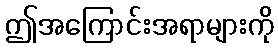
ဤအကြောင်းအရာများကို